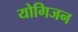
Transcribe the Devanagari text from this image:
योगिजन